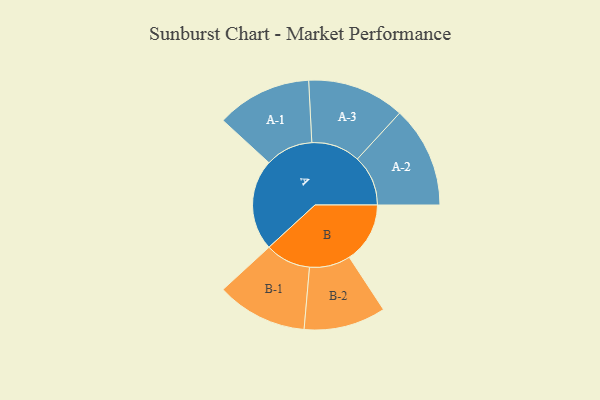
{"axis": {"x": "Segment", "y": "Value"}, "legend": ["", "A", "B"], "data": [{"x": "A", "y": 327, "type": ""}, {"x": "B", "y": 218, "type": ""}, {"x": "A-1", "y": 171, "type": "A"}, {"x": "A-2", "y": 182, "type": "A"}, {"x": "A-3", "y": 175, "type": "A"}, {"x": "B-1", "y": 163, "type": "B"}, {"x": "B-2", "y": 147, "type": "B"}]}